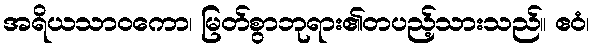
အရိယသာဝကော၊ မြတ်စွာဘုရား၏တပည့်သားသည်။ ဧဝံ၊